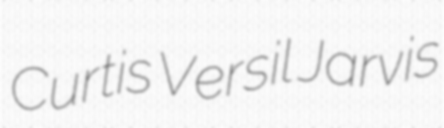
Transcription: Curtis Versil Jarvis